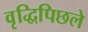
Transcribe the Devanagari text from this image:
वृद्धिपिछले